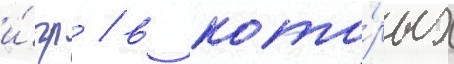
и́гр / в кото́рых